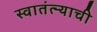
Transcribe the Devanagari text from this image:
स्वातंत्ऱ्याची